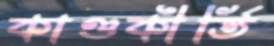
কাণ্ডকীর্তি